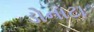
ડોનાટા